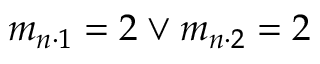
m _ { n \cdot 1 } = 2 \lor m _ { n \cdot 2 } = 2